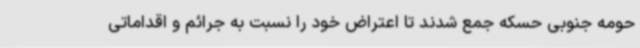
حومه جنوبی حسکه جمع شدند تا اعتراض خود را نسبت به جرائم و اقداماتی